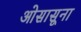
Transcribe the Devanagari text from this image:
ओसासूना